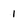
Character: 1